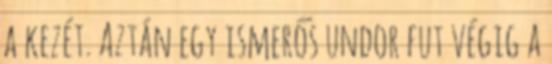
a kezét. Aztán egy ismerős undor fut végig a